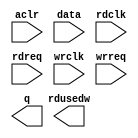
// megafunction wizard: %FIFO%VBB%
// GENERATION: STANDARD
// VERSION: WM1.0
// MODULE: dcfifo 

// ============================================================
// Megafunction Name(s):
// 			dcfifo
//
// Simulation Library Files(s):
// 			altera_mf
// ============================================================
// ************************************************************
// THIS IS A WIZARD-GENERATED FILE. DO NOT EDIT THIS FILE!
//
// 15.0.0 Build 145 04/22/2015 SJ Full Version
// ************************************************************

//Copyright (C) 1991-2015 Altera Corporation. All rights reserved.
//Your use of Altera Corporation's design tools, logic functions 
//and other software and tools, and its AMPP partner logic 
//functions, and any output files from any of the foregoing 
//(including device programming or simulation files), and any 
//associated documentation or information are expressly subject 
//to the terms and conditions of the Altera Program License 
//Subscription Agreement, the Altera Quartus II License Agreement,
//the Altera MegaCore Function License Agreement, or other 
//applicable license agreement, including, without limitation, 
//that your use is for the sole purpose of programming logic 
//devices manufactured by Altera and sold by Altera or its 
//authorized distributors.  Please refer to the applicable 
//agreement for further details.

module SRAM_WR_FIFO (
	aclr,
	data,
	rdclk,
	rdreq,
	wrclk,
	wrreq,
	q,
	rdusedw);

	input	  aclr;
	input	[15:0]  data;
	input	  rdclk;
	input	  rdreq;
	input	  wrclk;
	input	  wrreq;
	output	[15:0]  q;
	output	[7:0]  rdusedw;
`ifndef ALTERA_RESERVED_QIS
// synopsys translate_off
`endif
	tri0	  aclr;
`ifndef ALTERA_RESERVED_QIS
// synopsys translate_on
`endif

endmodule

// ============================================================
// CNX file retrieval info
// ============================================================
// Retrieval info: PRIVATE: AlmostEmpty NUMERIC "0"
// Retrieval info: PRIVATE: AlmostEmptyThr NUMERIC "-1"
// Retrieval info: PRIVATE: AlmostFull NUMERIC "0"
// Retrieval info: PRIVATE: AlmostFullThr NUMERIC "-1"
// Retrieval info: PRIVATE: CLOCKS_ARE_SYNCHRONIZED NUMERIC "0"
// Retrieval info: PRIVATE: Clock NUMERIC "4"
// Retrieval info: PRIVATE: Depth NUMERIC "256"
// Retrieval info: PRIVATE: Empty NUMERIC "1"
// Retrieval info: PRIVATE: Full NUMERIC "1"
// Retrieval info: PRIVATE: INTENDED_DEVICE_FAMILY STRING "Cyclone IV E"
// Retrieval info: PRIVATE: LE_BasedFIFO NUMERIC "0"
// Retrieval info: PRIVATE: LegacyRREQ NUMERIC "1"
// Retrieval info: PRIVATE: MAX_DEPTH_BY_9 NUMERIC "0"
// Retrieval info: PRIVATE: OVERFLOW_CHECKING NUMERIC "0"
// Retrieval info: PRIVATE: Optimize NUMERIC "0"
// Retrieval info: PRIVATE: RAM_BLOCK_TYPE NUMERIC "0"
// Retrieval info: PRIVATE: SYNTH_WRAPPER_GEN_POSTFIX STRING "0"
// Retrieval info: PRIVATE: UNDERFLOW_CHECKING NUMERIC "0"
// Retrieval info: PRIVATE: UsedW NUMERIC "1"
// Retrieval info: PRIVATE: Width NUMERIC "16"
// Retrieval info: PRIVATE: dc_aclr NUMERIC "1"
// Retrieval info: PRIVATE: diff_widths NUMERIC "0"
// Retrieval info: PRIVATE: msb_usedw NUMERIC "0"
// Retrieval info: PRIVATE: output_width NUMERIC "16"
// Retrieval info: PRIVATE: rsEmpty NUMERIC "0"
// Retrieval info: PRIVATE: rsFull NUMERIC "0"
// Retrieval info: PRIVATE: rsUsedW NUMERIC "1"
// Retrieval info: PRIVATE: sc_aclr NUMERIC "0"
// Retrieval info: PRIVATE: sc_sclr NUMERIC "0"
// Retrieval info: PRIVATE: wsEmpty NUMERIC "0"
// Retrieval info: PRIVATE: wsFull NUMERIC "0"
// Retrieval info: PRIVATE: wsUsedW NUMERIC "0"
// Retrieval info: LIBRARY: altera_mf altera_mf.altera_mf_components.all
// Retrieval info: CONSTANT: INTENDED_DEVICE_FAMILY STRING "Cyclone IV E"
// Retrieval info: CONSTANT: LPM_NUMWORDS NUMERIC "256"
// Retrieval info: CONSTANT: LPM_SHOWAHEAD STRING "OFF"
// Retrieval info: CONSTANT: LPM_TYPE STRING "dcfifo"
// Retrieval info: CONSTANT: LPM_WIDTH NUMERIC "16"
// Retrieval info: CONSTANT: LPM_WIDTHU NUMERIC "8"
// Retrieval info: CONSTANT: OVERFLOW_CHECKING STRING "ON"
// Retrieval info: CONSTANT: RDSYNC_DELAYPIPE NUMERIC "4"
// Retrieval info: CONSTANT: READ_ACLR_SYNCH STRING "OFF"
// Retrieval info: CONSTANT: UNDERFLOW_CHECKING STRING "ON"
// Retrieval info: CONSTANT: USE_EAB STRING "ON"
// Retrieval info: CONSTANT: WRITE_ACLR_SYNCH STRING "OFF"
// Retrieval info: CONSTANT: WRSYNC_DELAYPIPE NUMERIC "4"
// Retrieval info: USED_PORT: aclr 0 0 0 0 INPUT GND "aclr"
// Retrieval info: USED_PORT: data 0 0 16 0 INPUT NODEFVAL "data[15..0]"
// Retrieval info: USED_PORT: q 0 0 16 0 OUTPUT NODEFVAL "q[15..0]"
// Retrieval info: USED_PORT: rdclk 0 0 0 0 INPUT NODEFVAL "rdclk"
// Retrieval info: USED_PORT: rdreq 0 0 0 0 INPUT NODEFVAL "rdreq"
// Retrieval info: USED_PORT: rdusedw 0 0 8 0 OUTPUT NODEFVAL "rdusedw[7..0]"
// Retrieval info: USED_PORT: wrclk 0 0 0 0 INPUT NODEFVAL "wrclk"
// Retrieval info: USED_PORT: wrreq 0 0 0 0 INPUT NODEFVAL "wrreq"
// Retrieval info: CONNECT: @aclr 0 0 0 0 aclr 0 0 0 0
// Retrieval info: CONNECT: @data 0 0 16 0 data 0 0 16 0
// Retrieval info: CONNECT: @rdclk 0 0 0 0 rdclk 0 0 0 0
// Retrieval info: CONNECT: @rdreq 0 0 0 0 rdreq 0 0 0 0
// Retrieval info: CONNECT: @wrclk 0 0 0 0 wrclk 0 0 0 0
// Retrieval info: CONNECT: @wrreq 0 0 0 0 wrreq 0 0 0 0
// Retrieval info: CONNECT: q 0 0 16 0 @q 0 0 16 0
// Retrieval info: CONNECT: rdusedw 0 0 8 0 @rdusedw 0 0 8 0
// Retrieval info: GEN_FILE: TYPE_NORMAL SRAM_WR_FIFO.v TRUE
// Retrieval info: GEN_FILE: TYPE_NORMAL SRAM_WR_FIFO.inc FALSE
// Retrieval info: GEN_FILE: TYPE_NORMAL SRAM_WR_FIFO.cmp FALSE
// Retrieval info: GEN_FILE: TYPE_NORMAL SRAM_WR_FIFO.bsf FALSE
// Retrieval info: GEN_FILE: TYPE_NORMAL SRAM_WR_FIFO_inst.v FALSE
// Retrieval info: GEN_FILE: TYPE_NORMAL SRAM_WR_FIFO_bb.v TRUE
// Retrieval info: LIB_FILE: altera_mf